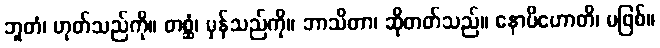
ဘူတံ၊ ဟုတ်သည်ကို။ တစ္ဆံ၊ မှန်သည်ကို။ ဘာသိတာ၊ ဆိုတတ်သည်။ နောပိဟောတိ၊ မဖြစ်။